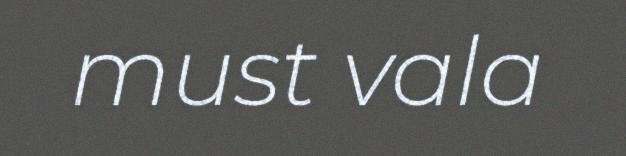
must vala